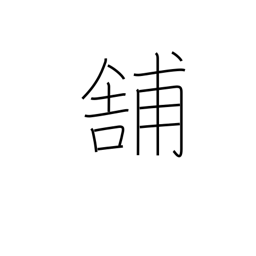
Meaning: pave